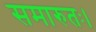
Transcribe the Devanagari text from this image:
समारुतः।